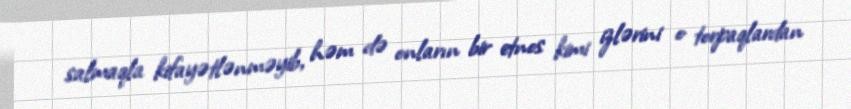
salmaqla kifayətlənməyib, həm də onların bir etnos kimi izlərini o torpaqlardan